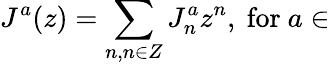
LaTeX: J^{a}(z)=\sum_{n,n\in Z}J_{n}^{a}z^{n},~\mathrm{for}~a\in